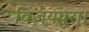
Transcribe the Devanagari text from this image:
विजयपुरा।